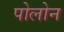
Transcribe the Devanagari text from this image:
पोलोन